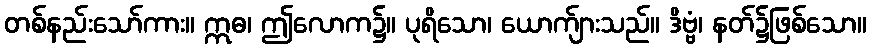
တစ်နည်းသော်ကား။ ဣဓ၊ ဤလောက၌။ ပုရိသော၊ ယောက်ျားသည်။ ဒိဗ္ဗံ၊ နတ်၌ဖြစ်သော။